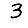
Digit: 3